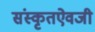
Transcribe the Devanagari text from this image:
संस्कृतऐवजी